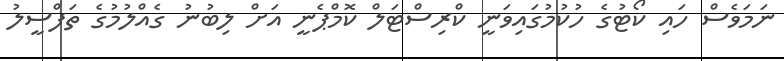
ނަމަވެސް ހައި ކޯޓުގެ ހުކުމުގައިވަނީ ކްރިސްޓަލް ކޮމްޕެނީ އަށް ލިބުނު ގެއްލުމުގެ ތަފްސީލު